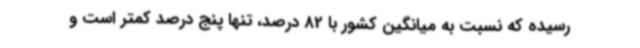
رسیده که نسبت به میانگین کشور با 82 درصد، تنها پنج درصد کمتر است و